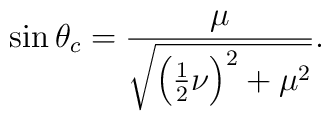
\sin{\theta_c}=\frac{\mu}{\sqrt{\left(\frac{1}{2}\nu\right)^2+\mu^2}}.